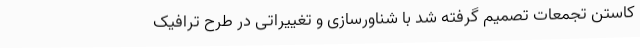
کاستن تجمعات تصمیم گرفته شد با شناورسازی و تغییراتی در طرح ترافیک